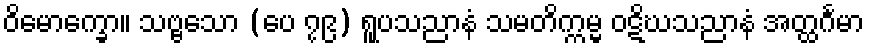
ဝိမောက္ခော။ သဗ္ဗသော (ပေ ၇၉) ရူပသညာနံ သမတိက္ကမ္မ ဝဋိဃသညာနံ အတ္ထင်္ဂမာ